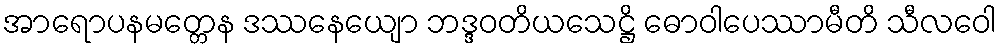
အာရောပနမတ္တေန ဒဿနေယျော ဘဒ္ဒဝတိယသေဋ္ဌိ ဓောဝါပေဿာမီတိ သီလဝေါ